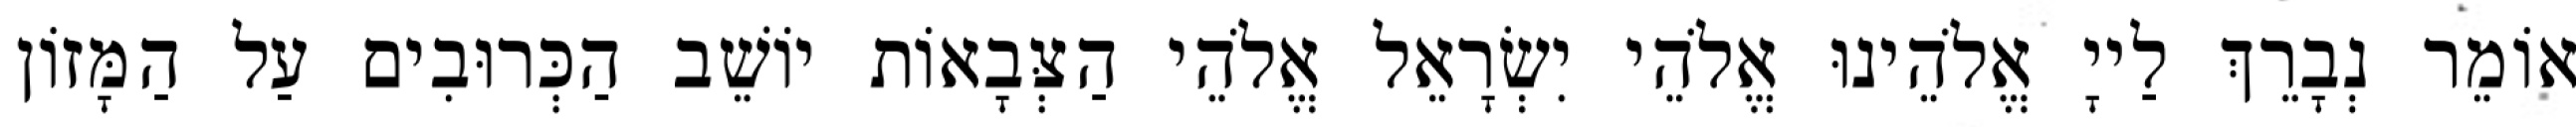
אוֹמֵר נְבָרֵךְ לַייָ אֱלֹהֵינוּ אֱלֹהֵי יִשְׂרָאֵל אֱלֹהֵי הַצְּבָאוֹת יוֹשֵׁב הַכְּרוּבִים עַל הַמָּזוֹן